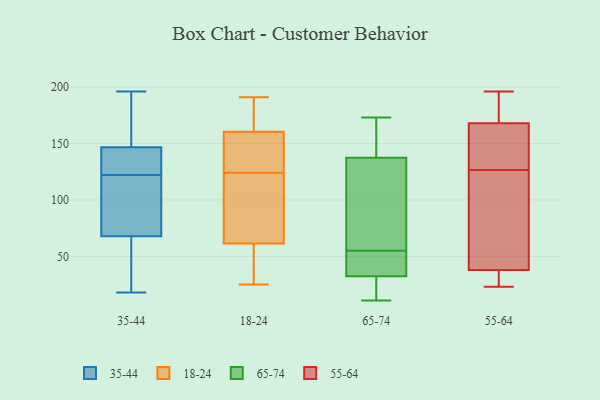
{"axis": {"x": "Market Share (%)", "y": "Value"}, "legend": ["18-24", "35-44", "55-64", "65-74"], "data": [{"x": "", "y": 158, "type": "35-44"}, {"x": "", "y": 25, "type": "35-44"}, {"x": "", "y": 37, "type": "35-44"}, {"x": "", "y": 68, "type": "35-44"}, {"x": "", "y": 107, "type": "35-44"}, {"x": "", "y": 170, "type": "35-44"}, {"x": "", "y": 171, "type": "35-44"}, {"x": "", "y": 120, "type": "35-44"}, {"x": "", "y": 130, "type": "35-44"}, {"x": "", "y": 122, "type": "35-44"}, {"x": "", "y": 143, "type": "35-44"}, {"x": "", "y": 125, "type": "35-44"}, {"x": "", "y": 18, "type": "35-44"}, {"x": "", "y": 72, "type": "35-44"}, {"x": "", "y": 196, "type": "35-44"}, {"x": "", "y": 141, "type": "35-44"}, {"x": "", "y": 67, "type": "35-44"}, {"x": "", "y": 63, "type": "18-24"}, {"x": "", "y": 138, "type": "18-24"}, {"x": "", "y": 124, "type": "18-24"}, {"x": "", "y": 185, "type": "18-24"}, {"x": "", "y": 147, "type": "18-24"}, {"x": "", "y": 61, "type": "18-24"}, {"x": "", "y": 165, "type": "18-24"}, {"x": "", "y": 74, "type": "18-24"}, {"x": "", "y": 191, "type": "18-24"}, {"x": "", "y": 25, "type": "18-24"}, {"x": "", "y": 38, "type": "18-24"}, {"x": "", "y": 57, "type": "65-74"}, {"x": "", "y": 173, "type": "65-74"}, {"x": "", "y": 51, "type": "65-74"}, {"x": "", "y": 147, "type": "65-74"}, {"x": "", "y": 33, "type": "65-74"}, {"x": "", "y": 149, "type": "65-74"}, {"x": "", "y": 14, "type": "65-74"}, {"x": "", "y": 11, "type": "65-74"}, {"x": "", "y": 128, "type": "65-74"}, {"x": "", "y": 103, "type": "65-74"}, {"x": "", "y": 32, "type": "65-74"}, {"x": "", "y": 53, "type": "65-74"}, {"x": "", "y": 33, "type": "55-64"}, {"x": "", "y": 78, "type": "55-64"}, {"x": "", "y": 196, "type": "55-64"}, {"x": "", "y": 38, "type": "55-64"}, {"x": "", "y": 83, "type": "55-64"}, {"x": "", "y": 183, "type": "55-64"}, {"x": "", "y": 122, "type": "55-64"}, {"x": "", "y": 168, "type": "55-64"}, {"x": "", "y": 169, "type": "55-64"}, {"x": "", "y": 181, "type": "55-64"}, {"x": "", "y": 24, "type": "55-64"}, {"x": "", "y": 141, "type": "55-64"}, {"x": "", "y": 130, "type": "55-64"}, {"x": "", "y": 24, "type": "55-64"}, {"x": "", "y": 163, "type": "55-64"}, {"x": "", "y": 23, "type": "55-64"}, {"x": "", "y": 125, "type": "55-64"}, {"x": "", "y": 128, "type": "55-64"}]}